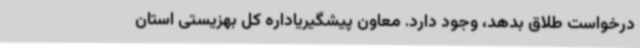
درخواست طلاق بدهد، وجود دارد. معاون پیشگیریاداره کل بهزیستی استان